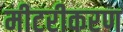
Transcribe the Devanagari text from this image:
मीटरीकरण